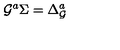
{ \cal G } ^ { a } \Sigma = \Delta _ { \cal G } ^ { a }